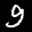
Label: 9